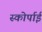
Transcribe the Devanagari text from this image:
स्कोर्पाई